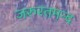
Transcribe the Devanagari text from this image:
जरुरतमन्द